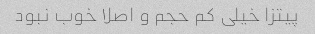
پیتزا خیلى کم حجم و اصلا خوب نبود